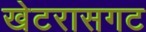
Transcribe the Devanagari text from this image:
खेटरासगट